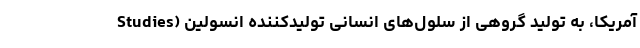
Studies) آمریکا، به تولید گروهی از سلول‌های انسانی تولیدکننده انسولین